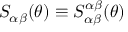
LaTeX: S _ { \alpha \beta } ( \theta ) \equiv S _ { \alpha \beta } ^ { \alpha \beta } ( \theta )